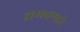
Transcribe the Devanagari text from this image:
शमवणारे